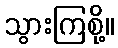
သွားကြစို့။